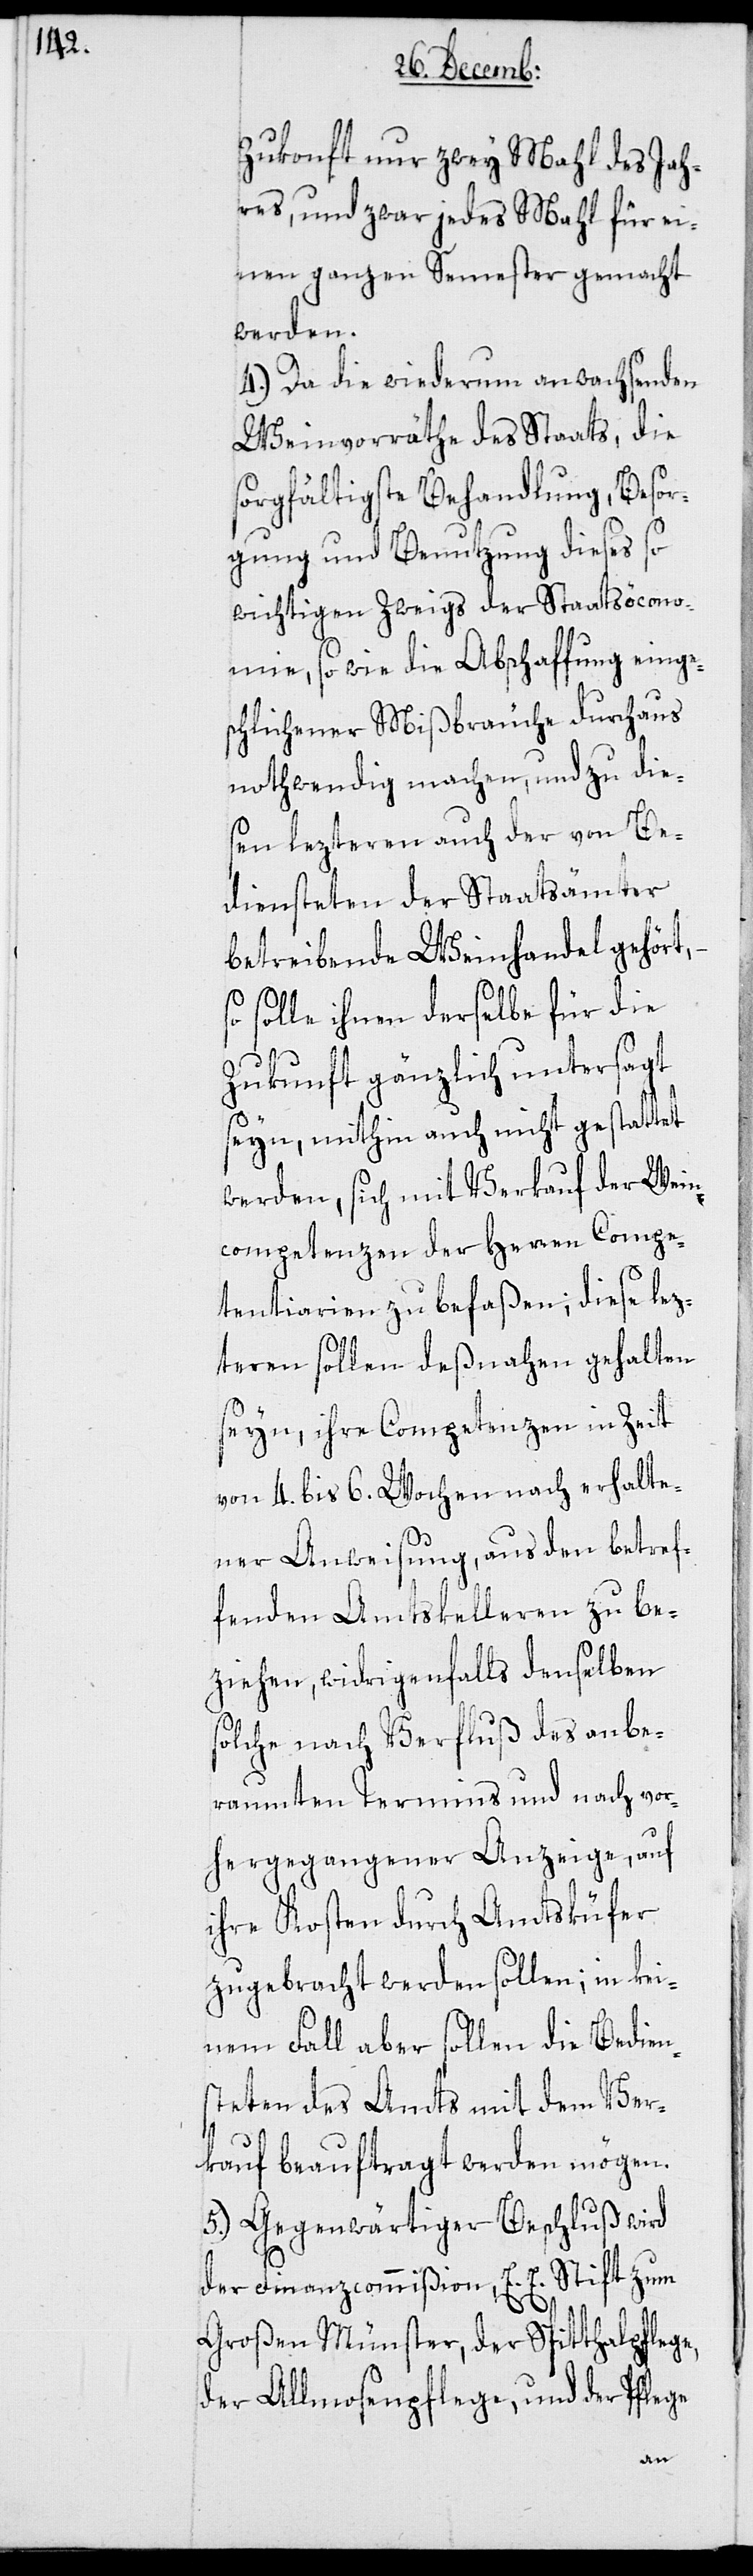
Zukonft nur zwey Mahl des Jah¬
res, und zwar jedes Mahl für ei¬
nen ganzen Semester gemacht
werden.
4.) Da die wiederum anwachsenden
Weinvorräthe des Staats, die
sorgfältigste Behandlung, Besor¬
gung und Benutzung dieses so
wichtigen Zweigs der Staatsöcono¬
mie, sowie die Abschaffung einge¬
schlichener Mißbräuche durchaus
nothwendig machen, und zu die¬
sen lezteren auch der von Be¬
diensteten der Staatsämter
betreibende Weinhandel gehört,
so solle ihnen derselbe für die
Zukunft gänzlich untersagt
seyn, mithin auch nicht gestattet
werden, sich mit Verkauf der Wein¬
competenzen der Herren Compe¬
ntiarien zu befaßen; diese lez¬
teren sollen deßnahen gehalten
seyn, ihre Competenzen in Zeit
von 4. bis 6. Wochen nach erhalte¬
ner Anweisung, aus den betref¬
fenden Amtskelleren zu be¬
ziehen, widrigenfalls denselben
solche nach Verfluß des anbe¬
raumten Termins und nach vor¬
hergegangener Anzeige, auf
ihre Kosten durch Amtsküfer
zugebracht werden sollen; in kei¬
nem Fall aber sollen die Bedien¬
steten des Amts mit dem Ver¬
kauf beauftragt werden mögen.
5.) Gegenwärtiger Beschluß wird
der Finanzcommißion, E. E. Stift zum
Großen Münster, der Spitthalpflege,
der Allmosenpflege, und der Pflege